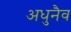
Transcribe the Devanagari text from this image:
अधुनैव